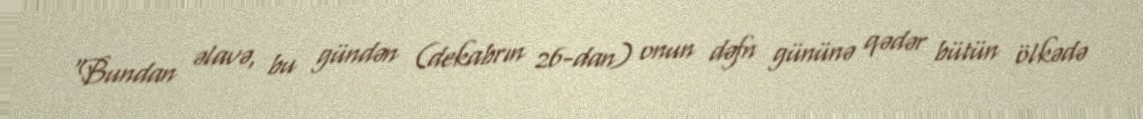
“Bundan əlavə, bu gündən (dekabrın 26-dan) onun dəfn gününə qədər bütün ölkədə